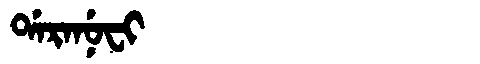
Manchu: ᡩᠠᡵᠠᠨᡠᠸᡳ
Romanization: DARANUFI